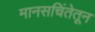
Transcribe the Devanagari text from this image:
मानसचिंतेतून